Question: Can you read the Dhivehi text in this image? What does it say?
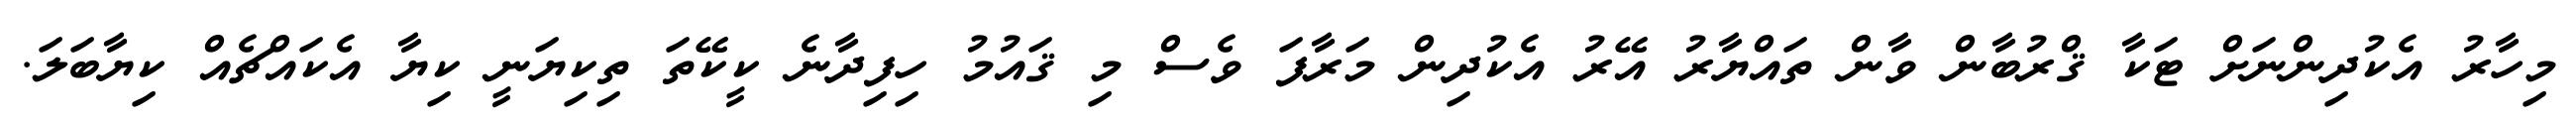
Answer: މިހާރު އެކުދިންނަށް ޓަކާ ޤްރުބާން ވާން ތައްޔާރު އޭރު އެކުދިން މަރާފަ ވެސް މި ޤައުމު ހިފިދާނެ ކީކޭތަ ތިކިޔަނީ ކިޔާ އެކައްޗެއް ކިޔާބަލަ.